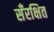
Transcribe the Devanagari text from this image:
सँरक्षित